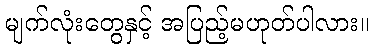
မျက်လုံးတွေနှင့် အပြည့်မဟုတ်ပါလား။